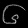
Digit: ၆